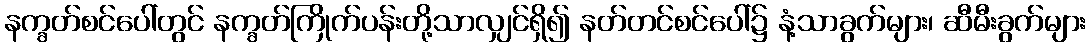
နက္ခတ်စင်ပေါ်တွင် နက္ခတ်ကြိုက်ပန်းတို့သာလျှင်ရှိ၍ နတ်တင်စင်ပေါ်၌ နံ့သာခွက်များ၊ ဆီမီးခွက်များ